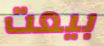
بيعت